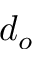
d _ { o }